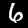
Label: 6